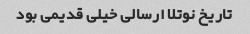
تاریخ نوتلا ارسالی خیلی قدیمی بود